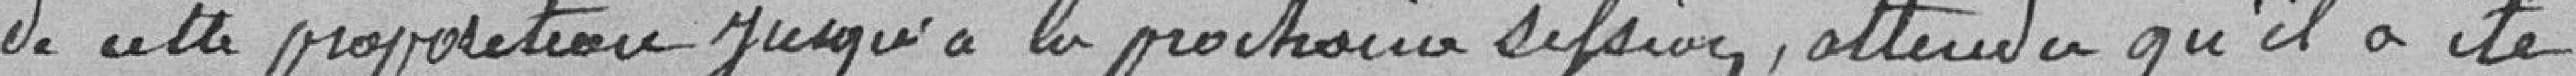
de cette proposition jusqu'à la prochaine session, attendu qu'il a été